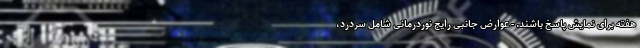
هفته برای نمایش پاسخ باشند. - عوارض جانبی رایج نوردرمانی شامل سردرد،